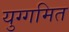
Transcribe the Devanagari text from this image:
युग्गमित